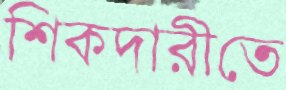
শিকদারীতে